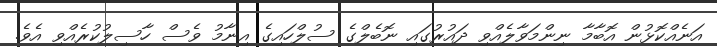
އަނެއްކޮޅުން އޮބާމާ ނިންމަވާލެއްވި ދައުރުގައި ނޮބެލްގެ ސުލްހައިގެ އިނާމު ވެސް ހާސިލުކުރެއްވި އެވެ.